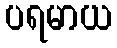
ပရမာယ